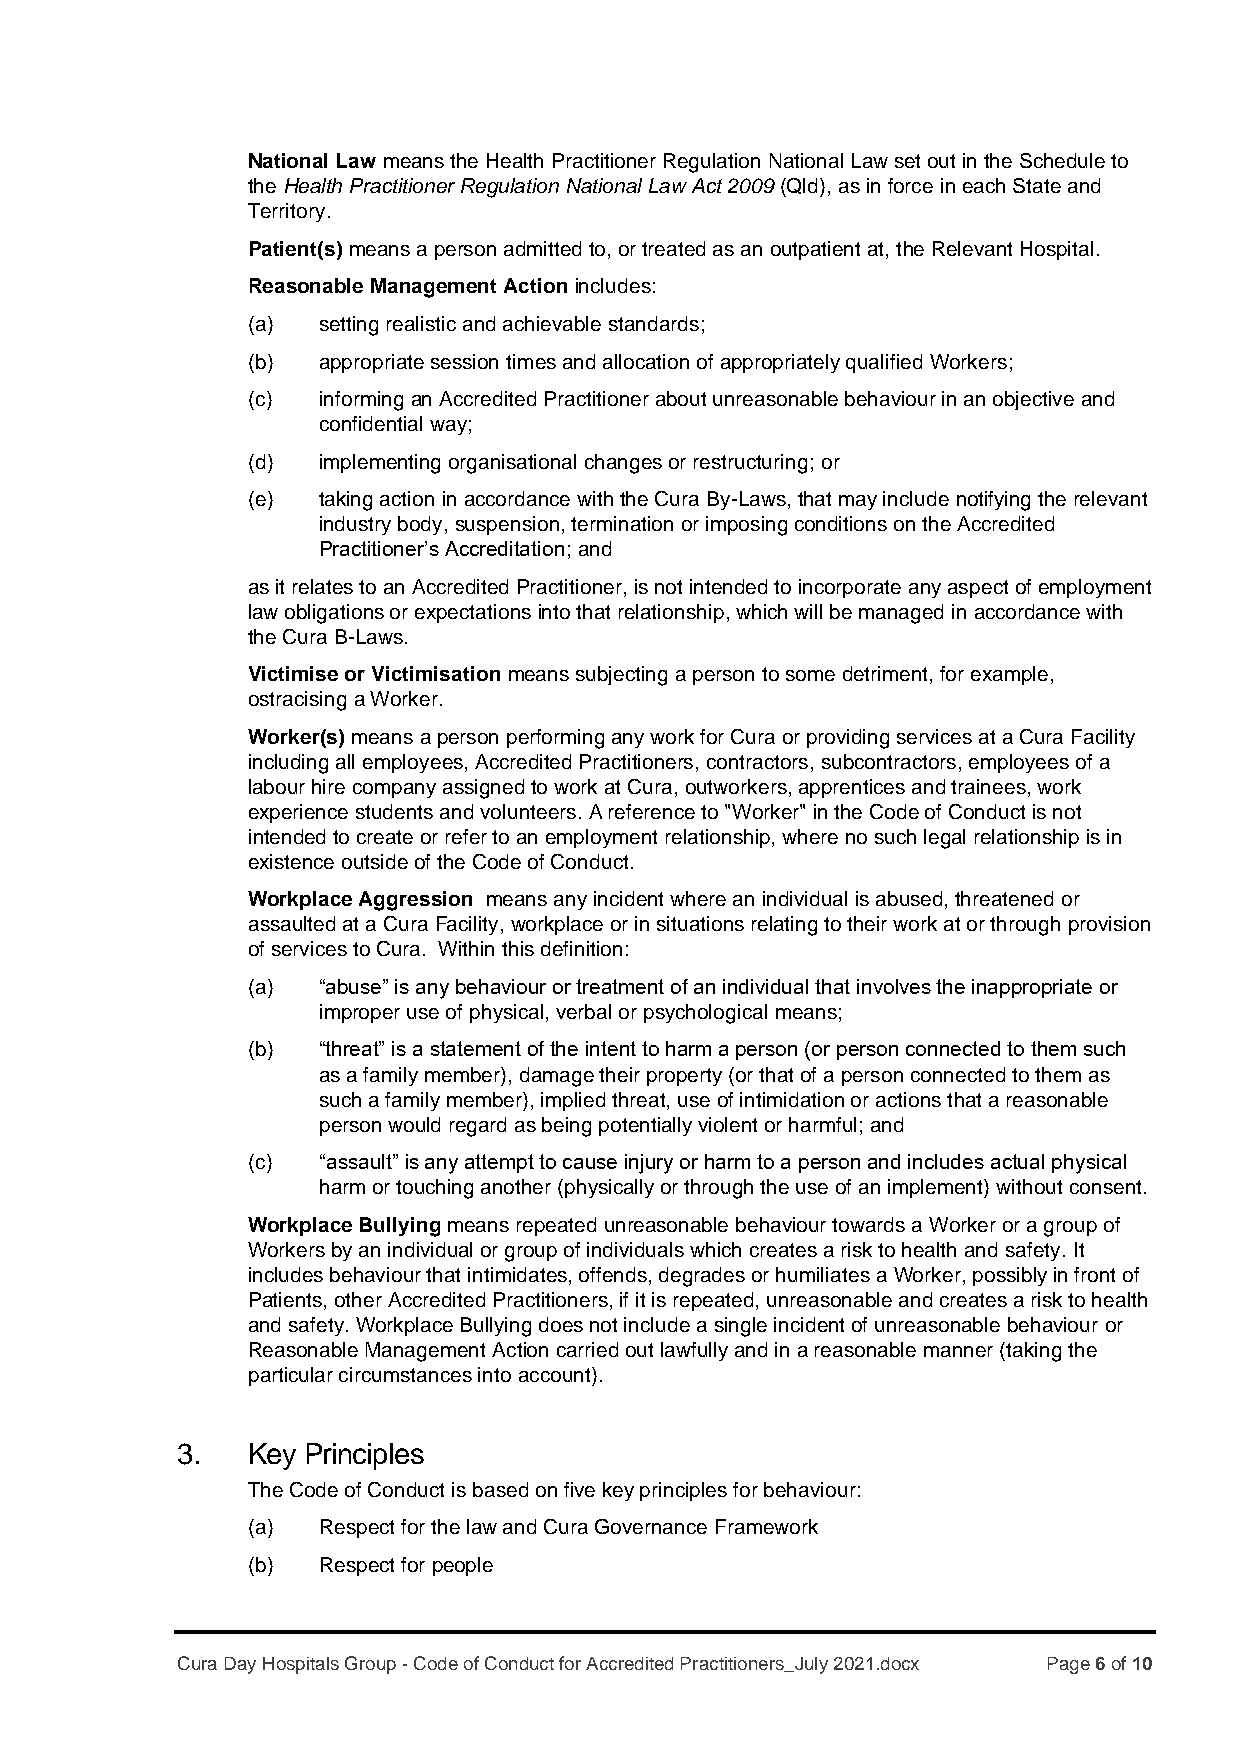
National Law means the Health Practitioner Regulation National Law set out in the Schedule to
 the Health Practitioner Regulation National Law Act 2009 (Qld), as in force in each State and
 Territory.
 Patient(s) means a person admitted to, or treated as an outpatient at, the Relevant Hospital.
 Reasonable Management Action includes:
 (a)  setting realistic and achievable standards;
 (b)  appropriate session times and allocation of appropriately qualified Workers;
 (c)  informing an Accredited Practitioner about unreasonable behaviour in an objective and
 confidential way;
 (d)  implementing organisational changes or restructuring; or
 (e)  taking action in accordance with the Cura By-Laws, that may include notifying the relevant
 industry body, suspension, termination or imposing conditions on the Accredited
 Practitioner’s Accreditation; and
 as it relates to an Accredited Practitioner, is not intended to incorporate any aspect of employment
 law obligations or expectations into that relationship, which will be managed in accordance with
 the Cura B-Laws.
 Victimise or Victimisation means subjecting a person to some detriment, for example,
 ostracising a Worker.
 Worker(s) means a person performing any work for Cura or providing services at a Cura Facility
 including all employees, Accredited Practitioners, contractors, subcontractors, employees of a
 labour hire company assigned to work at Cura, outworkers, apprentices and trainees, work
 experience students and volunteers. A reference to "Worker" in the Code of Conduct is not
 intended to create or refer to an employment relationship, where no such legal relationship is in
 existence outside of the Code of Conduct.
 Workplace Aggression means any incident where an individual is abused, threatened or
 assaulted at a Cura Facility, workplace or in situations relating to their work at or through provision
 of services to Cura. Within this definition:
 (a)  “abuse” is any behaviour or treatment of an individual that involves the inappropriate or
 improper use of physical, verbal or psychological means;
 (b)  “threat” is a statement of the intent to harm a person (or person connected to them such
 as a family member), damage their property (or that of a person connected to them as
 such a family member), implied threat, use of intimidation or actions that a reasonable
 person would regard as being potentially violent or harmful; and
 (c)  “assault” is any attempt to cause injury or harm to a person and includes actual physical
 harm or touching another (physically or through the use of an implement) without consent.
 Workplace Bullying means repeated unreasonable behaviour towards a Worker or a group of
 Workers by an individual or group of individuals which creates a risk to health and safety. It
 includes behaviour that intimidates, offends, degrades or humiliates a Worker, possibly in front of
 Patients, other Accredited Practitioners, if it is repeated, unreasonable and creates a risk to health
 and safety. Workplace Bullying does not include a single incident of unreasonable behaviour or
 Reasonable Management Action carried out lawfully and in a reasonable manner (taking the
 particular circumstances into account).
 3.  Key Principles
 The Code of Conduct is based on five key principles for behaviour:
 (a)  Respect for the law and Cura Governance Framework
 (b)  Respect for people
 Cura Day Hospitals Group - Code of Conduct for Accredited Practitioners_July 2021.docx Page 6 of 10